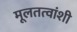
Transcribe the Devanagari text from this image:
मूलतत्वांशी